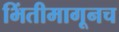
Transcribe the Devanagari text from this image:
भिंतीमागूनच